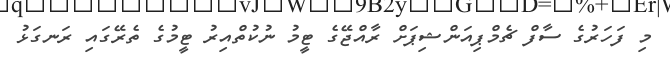
މި ފަހަރުގެ ސާފް ޗެމްޕިއަންޝިޕަށް ރާއްޖޭގެ ޓީމު ނުކުތްއިރު ޓީމުގެ ތެރޭގައި ރަނގަޅު